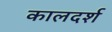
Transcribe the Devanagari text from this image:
कालदर्श